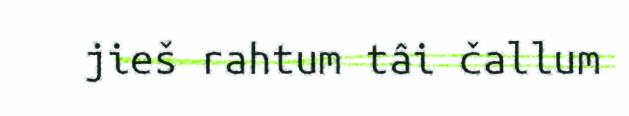
jieš rahtum tâi čallum